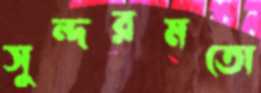
সুন্দরমতো